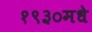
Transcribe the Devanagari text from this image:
१९३०मधे